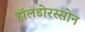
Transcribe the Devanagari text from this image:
हॉलडोरस्सोन